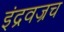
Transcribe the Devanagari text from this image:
इंद्रवज्रच